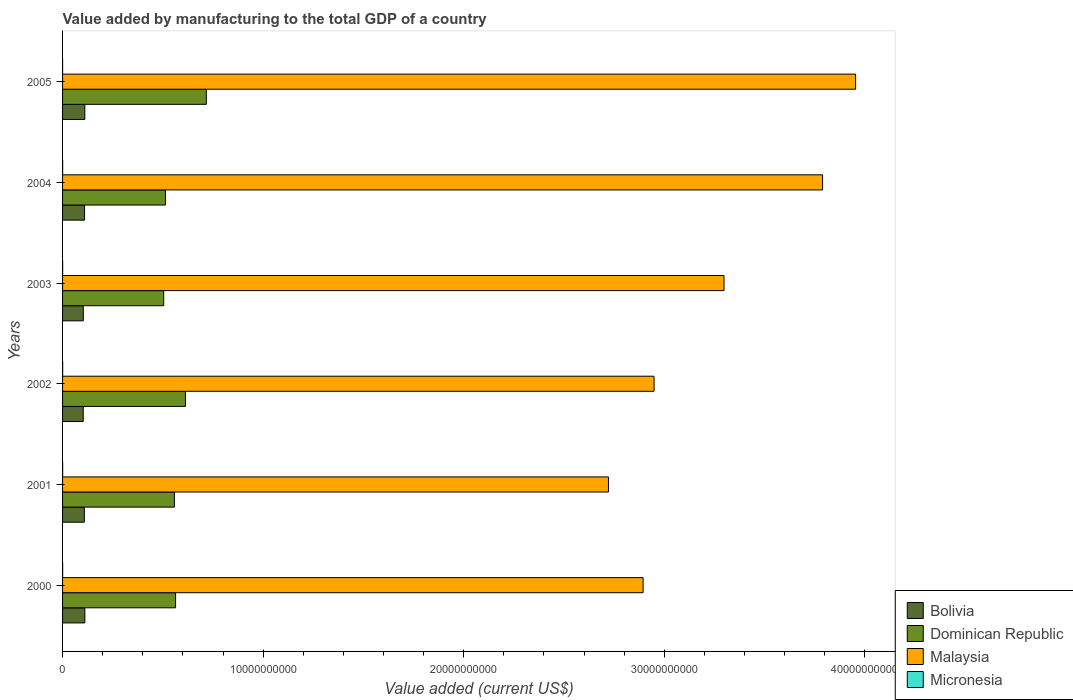
| Years | Bolivia | Dominican Republic | Malaysia | Micronesia |
 | --- | --- | --- | --- | --- |
 | 2000 | 1.11e+09 | 5.63e+09 | 2.89e+10 | 3.88e+06 |
 | 2001 | 1.09e+09 | 5.58e+09 | 2.72e+10 | 4.61e+06 |
 | 2002 | 1.03e+09 | 6.13e+09 | 2.95e+10 | 4.41e+06 |
 | 2003 | 1.03e+09 | 5.04e+09 | 3.3e+10 | 4.08e+06 |
 | 2004 | 1.1e+09 | 5.13e+09 | 3.79e+10 | 3.4e+06 |
 | 2005 | 1.11e+09 | 7.17e+09 | 3.95e+10 | 1.4e+06 |